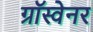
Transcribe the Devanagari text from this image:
ग्रॉस्वेनर